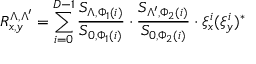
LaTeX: R _ { x , y } ^ { \Lambda , \Lambda ^ { \prime } } = \sum _ { i = 0 } ^ { D - 1 } \frac { S _ { \Lambda , \Phi _ { 1 } ( i ) } } { S _ { 0 , \Phi _ { 1 } ( i ) } } \cdot \frac { S _ { \Lambda ^ { \prime } , \Phi _ { 2 } ( i ) } } { S _ { 0 , \Phi _ { 2 } ( i ) } } \cdot \xi _ { x } ^ { i } ( \xi _ { y } ^ { i } ) ^ { * }